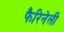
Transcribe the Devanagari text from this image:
फैरिनेली